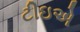
ટીઇએ